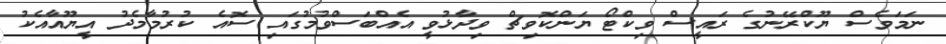
ނަމަވެސް ޔޫކްރޭނުގެ ރައީސް ވިކްޓޯ ޔަންކޮވިޗް ވިދާޅުވީ އެއްބަސްވުމުގައި ސޮއެ ކުރުމާމެދު އީޔޫއާއެކު